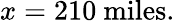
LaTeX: x=210\ {\mathrm{miles}}.